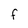
Character: f